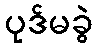
ပုဒ်မခွဲ